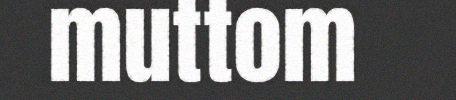
muttom